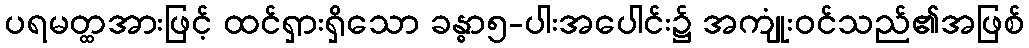
ပရမတ္ထအားဖြင့် ထင်ရှားရှိသော ခန္ဓာ၅-ပါးအပေါင်း၌ အကျုံးဝင်သည်၏အဖြစ်